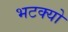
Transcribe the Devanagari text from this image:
भटक्‍यो